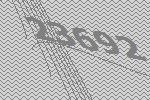
23692